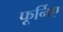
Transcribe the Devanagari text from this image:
फूर्निए